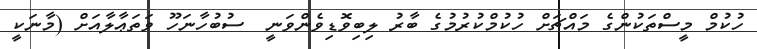
ހުކުމް މީސްތަކުންގެ މައްޗަށް ހުކުމްކުރުމުގެ ބާރު ލިބިވޮޑިވެންވަނީ  ސުބުހާނަހޫ ވަތަޢާލާއަށް (މާނަކީ